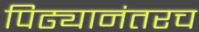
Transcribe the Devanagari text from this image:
पिढ्यानंतरच